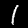
Digit: 1